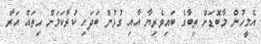
އެމީހުން މާބޮޑަށް ތިބާގެ ބައިވެރިޔާ އާއި ގުޅުން ބަދަހި ކުރާކަމަށް ހިތައް އަރާ